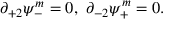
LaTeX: \partial _ { + 2 } \psi _ { - } ^ { m } = 0 , \ \partial _ { - 2 } \psi _ { + } ^ { m } = 0 .